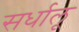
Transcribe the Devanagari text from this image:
सर्धालू